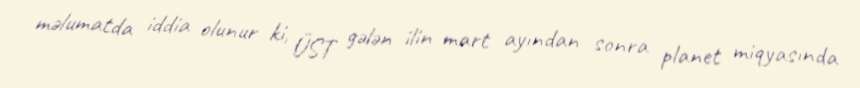
məlumatda iddia olunur ki, ÜST gələn ilin mart ayından sonra planet miqyasında